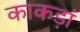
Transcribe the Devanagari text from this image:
काकड़ां